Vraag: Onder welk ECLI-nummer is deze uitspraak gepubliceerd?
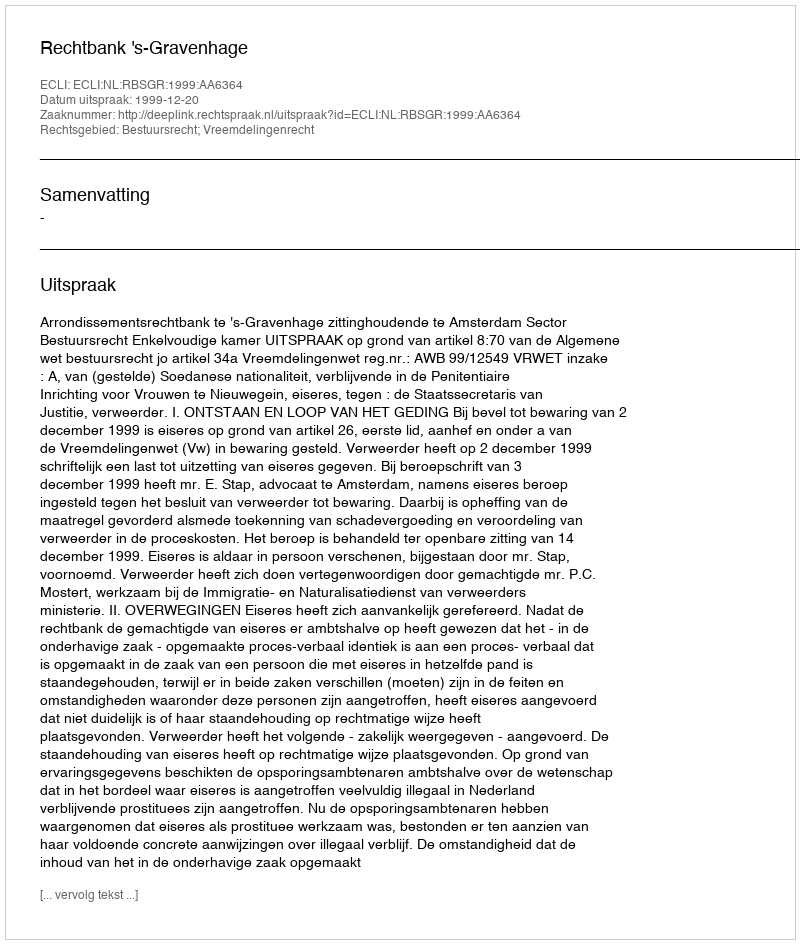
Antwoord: ECLI:NL:RBSGR:1999:AA6364